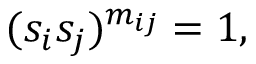
( s _ { i } s _ { j } ) ^ { m _ { i j } } = 1 ,